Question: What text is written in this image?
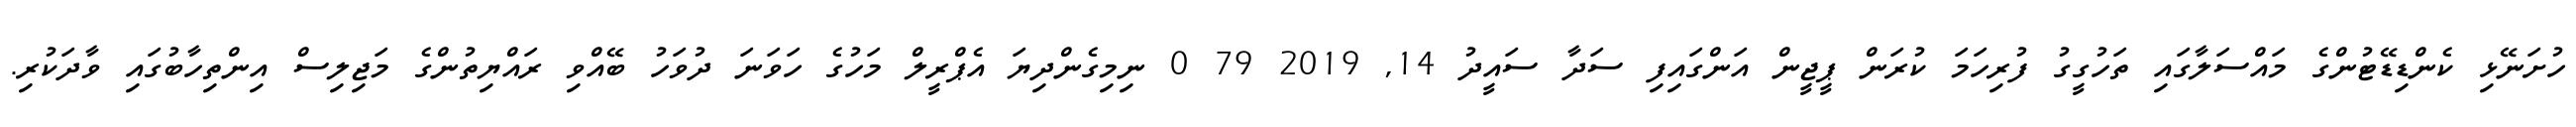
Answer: ހުށަނޭޅި ކެންޑިޑޭޓުންގެ މައްސަލާގައި ތަހުގީގު ފުރިހަމަ ކުރަން ޕީޖީން އަންގައިފި ސަދާ ސައީދު 14, 2019 79 0 ނިމިގެންދިޔަ އެޕްރީލް މަހުގެ ހަވަނަ ދުވަހު ބޭއްވި ރައްޔިތުންގެ މަޖިލިސް އިންތިހާބުގައި ވާދަކުރި.